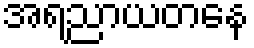
အရညာယတနေ